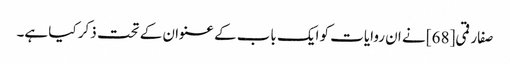
صفار قمی[68] نے ان روایات کو ایک باب کے عنوان کے تحت ذکر کیا ہے۔